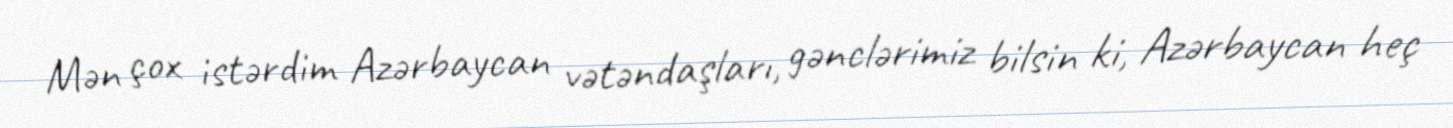
Mən çox istərdim Azərbaycan vətəndaşları, gənclərimiz bilsin ki, Azərbaycan heç